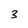
Character: 3